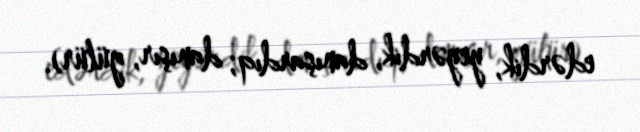
edərdik, yeyərdik, danışardıq; danışır, gülür).